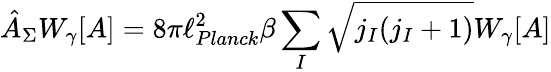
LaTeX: {\hat{A}}_{\Sigma}W_{\gamma}[A]=8\pi\ell_{Planck}^{2}\beta\sum_{I}{\sqrt{j_{I}(j_{I}+1)}}W_{\gamma}[A]